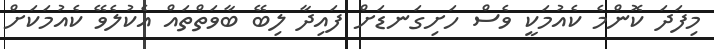
މިފަދަ ކޮންމެ ކެއުމަކީ ވެސް ހަށިގަނޑަށް ފައިދާ ލިބޭ ބާވަތްތައް އެކުލެވޭ ކެއުމަކަށް